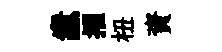
纛擢杻資